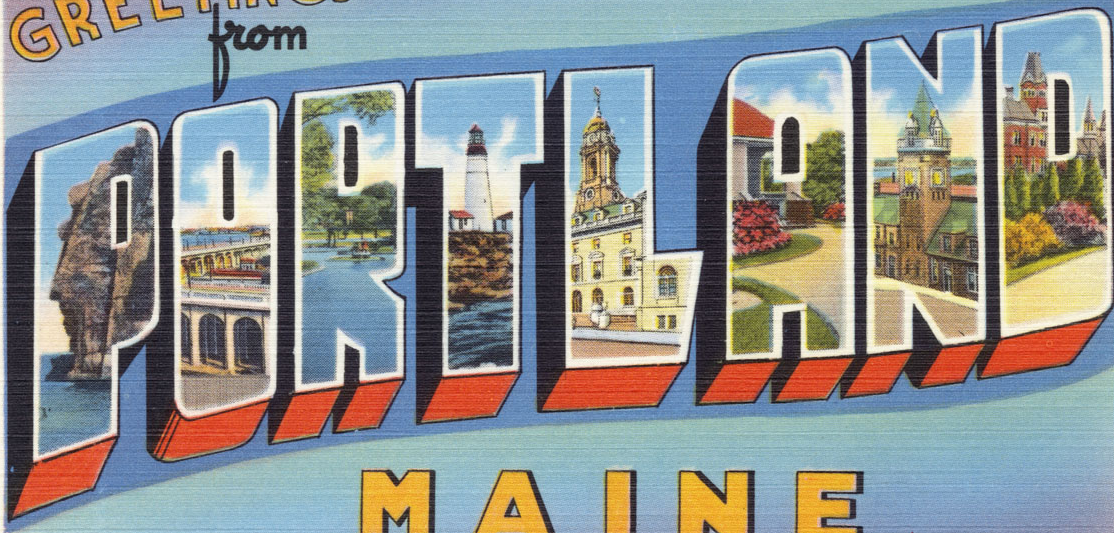
PORTLAND